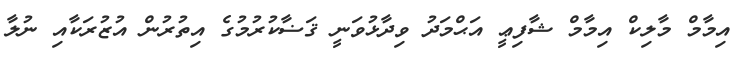
އިމާމް މާލިކް އިމާމް ޝާފިޢީ އަޙްމަދު ވިދާޅުވަނީ ޤަޟާކުރުމުގެ އިތުރުން އުޒުރަކާއި ނުލާ